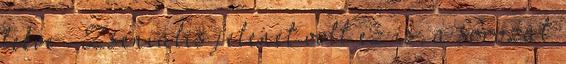
fekve . Zseniális jelenet volt ez is, a sorozat